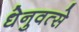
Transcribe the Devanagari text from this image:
धेनुवत्से